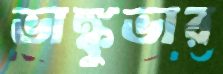
ভাঙ্কুভার